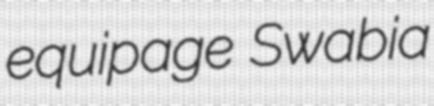
equipage Swabia